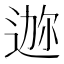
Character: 𫐪